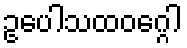
ဥပေါသထဝဂ္ဂေါ